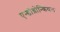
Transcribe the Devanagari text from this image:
एन्डोब्रोन्कियल